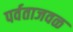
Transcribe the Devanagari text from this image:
पर्वताजवळ